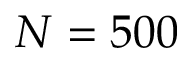
N = 5 0 0